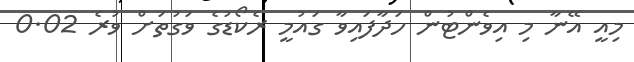
މިއީ އޭނާ މި އިވެންޓުން ހަދާފައިވާ ގައުމީ ރެކޯޑުގެ ވަގުތަށް ވުރެ 0.02